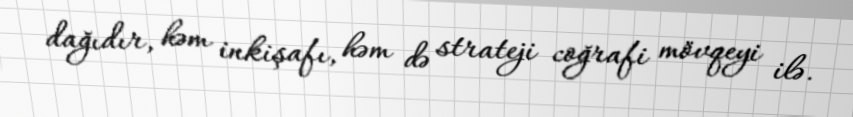
dağıdır, həm inkişafı, həm də strateji coğrafi mövqeyi ilə.